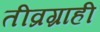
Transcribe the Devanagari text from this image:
तीव्रग्राही